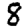
Digit: 8